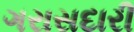
ગરાસદારી